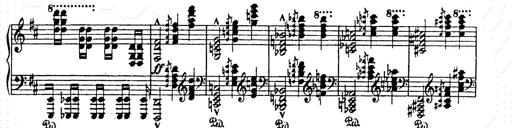
Title: AnnÃ©es de pÃ¨lerinage II
Composer: Franz Liszt